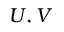
U , V